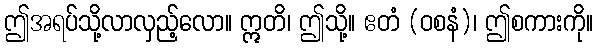
ဤအရပ်သို့လာလှည့်လော။ ဣတိ၊ ဤသို့။ ဧတံ (ဝစနံ)၊ ဤစကားကို။